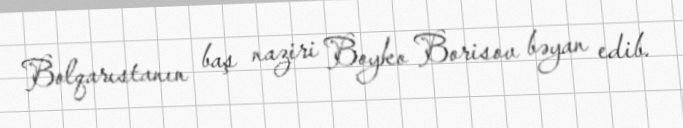
Bolqarıstanın baş naziri Boyko Borisov bəyan edib.